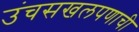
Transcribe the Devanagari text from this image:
उंचसखलपणाची